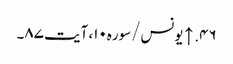
۴۶. ↑ یونس/سوره۱۰، آیت ۸۷۔